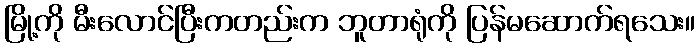
မြို့ကို မီးလောင်ပြီးကတည်းက ဘူတာရုံကို ပြန်မဆောက်ရသေး။